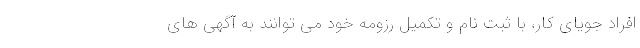
افراد جویای کار، با ثبت نام و تکمیل رزومه خود می توانند به آگهی های